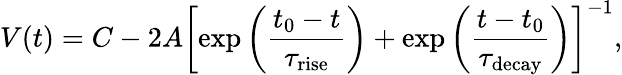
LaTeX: V(t)=C-2A\left[\exp\left(\frac{t_{0}-t}{\tau_{\mathrm{rise}}}\right)+\exp\left(\frac{t-t_{0}}{\tau_{\mathrm{decay}}}\right)\right]^{-1},